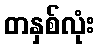
တနှစ်လုံး